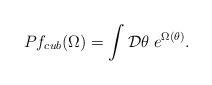
LaTeX: \begin{align*}Pf_{cub}(\Omega)=\int {\cal D}\theta\; e^{\Omega(\theta)}.\end{align*}